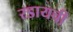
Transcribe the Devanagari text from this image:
रडायची